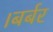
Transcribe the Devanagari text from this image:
।बर्बर